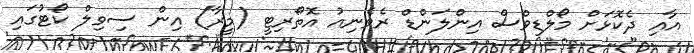
އާއި ދެކޮޅަށް މޯލްޑިވްސް އިންލަންޑް ރެވެނިއު އޮތޯރިޓީ (މީރާ) އިން ސިވިލް ކޯޓުގައި